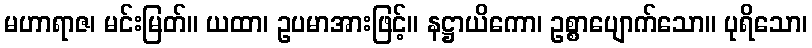
မဟာရာဇ၊ မင်းမြတ်။ ယထာ၊ ဥပမာအားဖြင့်။ နဋ္ဌာယိကော၊ ဥစ္စာပျောက်သော။ ပုရိသော၊